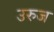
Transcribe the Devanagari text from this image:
उरुज